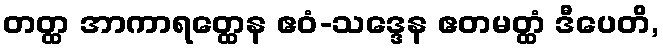
တတ္ထ အာကာရတ္ထေန ဧဝံ-သဒ္ဒေန ဧတမတ္ထံ ဒီပေတိ,